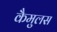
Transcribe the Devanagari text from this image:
कैमुलस